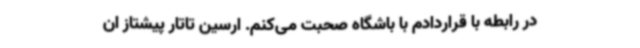
در رابطه با قراردادم با باشگاه صحبت می‌کنم. ارسین تاتار پیشتاز ان